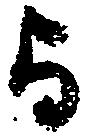
与